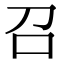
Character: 召